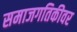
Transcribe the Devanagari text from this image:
समाजगतिकीवर